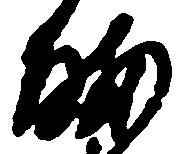
暇